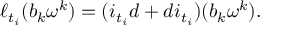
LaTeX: \ell _ { t _ { i } } ( b _ { k } \omega ^ { k } ) = ( i _ { t _ { i } } d + d i _ { t _ { i } } ) ( b _ { k } \omega ^ { k } ) .